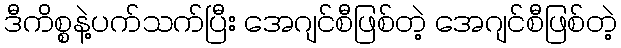
ဒီကိစ္စနဲ့ပက်သက်ပြီး အေဂျင်စီဖြစ်တဲ့ အေဂျင်စီဖြစ်တဲ့